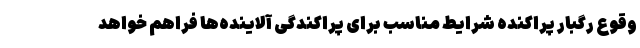
وقوع رگبار پراکنده شرایط مناسب برای پراکندگی آلاینده‌ها فراهم خواهد